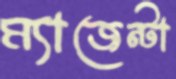
ম্যাজেন্টা